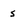
Character: s